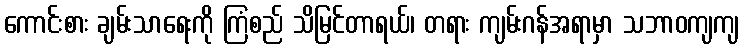
ကောင်းစား ချမ်းသာရေးကို ကြံစည် သိမြင်တာရယ်၊ တရား ကျမ်းဂန်အရာမှာ သဘာဝကျကျ